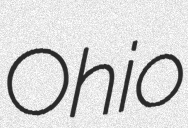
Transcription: Ohio